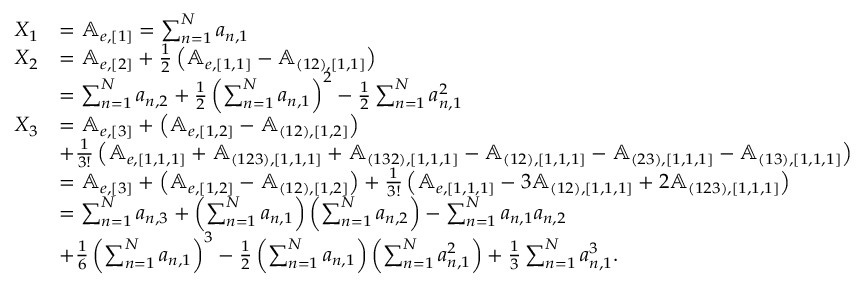
\begin{array} { r l } { X _ { 1 } } & { = \mathbb { A } _ { e , [ 1 ] } = \sum _ { n = 1 } ^ { N } a _ { n , 1 } } \\ { X _ { 2 } } & { = \mathbb { A } _ { e , [ 2 ] } + \frac { 1 } { 2 } \left( \mathbb { A } _ { e , [ 1 , 1 ] } - \mathbb { A } _ { ( 1 2 ) , [ 1 , 1 ] } \right) } \\ & { = \sum _ { n = 1 } ^ { N } a _ { n , 2 } + \frac { 1 } { 2 } \left( \sum _ { n = 1 } ^ { N } a _ { n , 1 } \right) ^ { 2 } - \frac { 1 } { 2 } \sum _ { n = 1 } ^ { N } a _ { n , 1 } ^ { 2 } } \\ { X _ { 3 } } & { = \mathbb { A } _ { e , [ 3 ] } + \left( \mathbb { A } _ { e , [ 1 , 2 ] } - \mathbb { A } _ { ( 1 2 ) , [ 1 , 2 ] } \right) } \\ & { + \frac { 1 } { 3 ! } \left( \mathbb { A } _ { e , [ 1 , 1 , 1 ] } + \mathbb { A } _ { ( 1 2 3 ) , [ 1 , 1 , 1 ] } + \mathbb { A } _ { ( 1 3 2 ) , [ 1 , 1 , 1 ] } - \mathbb { A } _ { ( 1 2 ) , [ 1 , 1 , 1 ] } - \mathbb { A } _ { ( 2 3 ) , [ 1 , 1 , 1 ] } - \mathbb { A } _ { ( 1 3 ) , [ 1 , 1 , 1 ] } \right) } \\ & { = \mathbb { A } _ { e , [ 3 ] } + \left( \mathbb { A } _ { e , [ 1 , 2 ] } - \mathbb { A } _ { ( 1 2 ) , [ 1 , 2 ] } \right) + \frac { 1 } { 3 ! } \left( \mathbb { A } _ { e , [ 1 , 1 , 1 ] } - 3 \mathbb { A } _ { ( 1 2 ) , [ 1 , 1 , 1 ] } + 2 \mathbb { A } _ { ( 1 2 3 ) , [ 1 , 1 , 1 ] } \right) } \\ & { = \sum _ { n = 1 } ^ { N } a _ { n , 3 } + \left( \sum _ { n = 1 } ^ { N } a _ { n , 1 } \right) \left( \sum _ { n = 1 } ^ { N } a _ { n , 2 } \right) - \sum _ { n = 1 } ^ { N } a _ { n , 1 } a _ { n , 2 } } \\ & { + \frac { 1 } { 6 } \left( \sum _ { n = 1 } ^ { N } a _ { n , 1 } \right) ^ { 3 } - \frac { 1 } { 2 } \left( \sum _ { n = 1 } ^ { N } a _ { n , 1 } \right) \left( \sum _ { n = 1 } ^ { N } a _ { n , 1 } ^ { 2 } \right) + \frac { 1 } { 3 } \sum _ { n = 1 } ^ { N } a _ { n , 1 } ^ { 3 } . } \end{array}